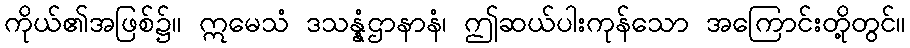
ကိုယ်၏အဖြစ်၌။ ဣမေသံ ဒသန္နံဌာနာနံ၊ ဤဆယ်ပါးကုန်သော အကြောင်းတို့တွင်။